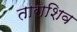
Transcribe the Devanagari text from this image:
ताराशिव